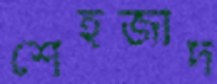
শেহজাদ